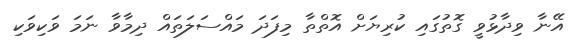
އޭނާ ވިދާޅުވީ ގޮތުގައި ކުރިޔަށް އޮތްތާ މިފަދަ މައްސަލަތައް ދިމާވާ ނަމަ ވަކިވަކި